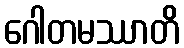
ဂေါတမဿာတိ